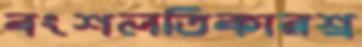
বংশলতিকারশ্র